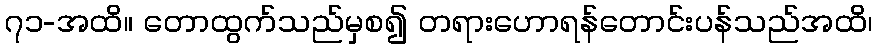
၇၁-အထိ။ တောထွက်သည်မှစ၍ တရားဟောရန်တောင်းပန်သည်အထိ၊